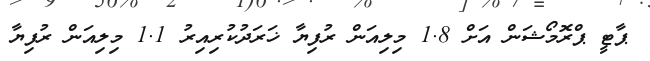
ޕާޓީ ޕްރޮމޯޝަން އަށް 1.8 މިލިއަން ރުފިޔާ ޚަރަދުކުރިއިރު 1.1 މިލިއަން ރުފިޔާ